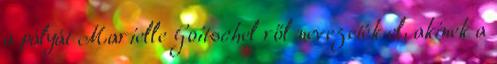
a pályát Marielle Goitschel ről nevezeték el, akinek a